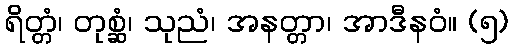
ရိတ္တံ၊ တုစ္ဆံ၊ သုညံ၊ အနတ္တာ၊ အာဒီနဝံ။ (၅)